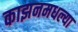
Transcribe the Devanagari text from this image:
काझनमधल्या